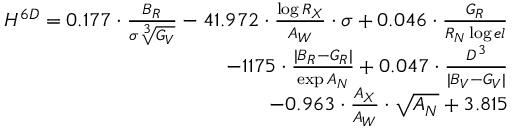
\begin{array} { r } { { H ^ { 6 D } = 0 . 1 7 7 \cdot \frac { B _ { R } } { \sigma \sqrt [ 3 ] { G _ { V } } } - 4 1 . 9 7 2 \cdot \frac { \log { R _ { X } } } { A _ { W } } \cdot \sigma + 0 . 0 4 6 \cdot \frac { G _ { R } } { R _ { N } \log { e l } } } } \\ { { - 1 1 7 5 \cdot \frac { | B _ { R } - G _ { R } | } { \exp { A _ { N } } } + 0 . 0 4 7 \cdot \frac { D ^ { 3 } } { | B _ { V } - G _ { V } | } } } \\ { { - 0 . 9 6 3 \cdot \frac { A _ { X } } { A _ { W } } \cdot \sqrt { A _ { N } } + 3 . 8 1 5 } } \end{array}